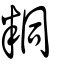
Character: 粡